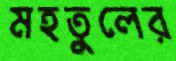
মহতুলের